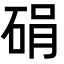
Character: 𪿠